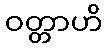
ဝတ္တာဟိ